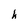
Character: h